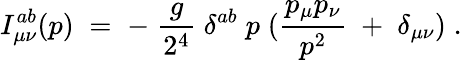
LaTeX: I_{\mu\nu}^{ab}(p)\; =\; -\; \frac{g}{2^{4}}\; \delta^{ab}\; p\; (\frac{p_{\mu}p_{\nu}}{p^{2}}\; +\; \delta_{\mu\nu})\; .